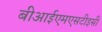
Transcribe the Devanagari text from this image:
बीआईएमएसटीइसी